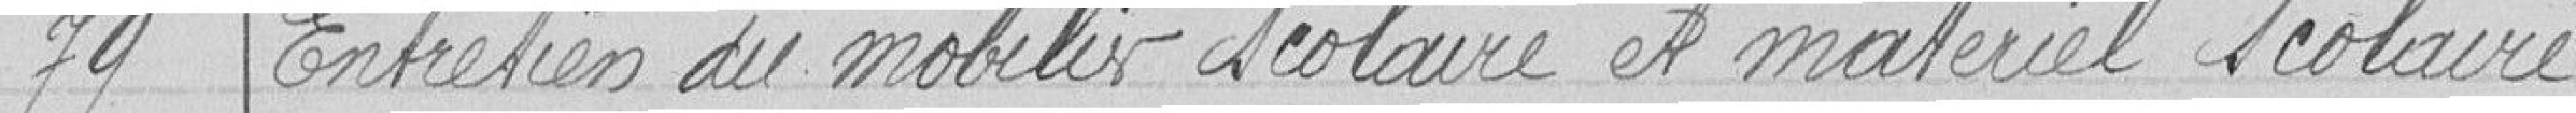
79 Entretien du mobilier scolaire et matériel scolaire